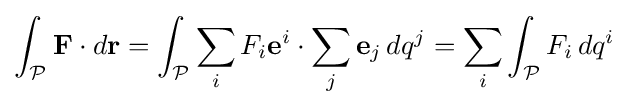
\int _{\mathcal {P}}\mathbf {F} \cdot d\mathbf {r} =\int _{\mathcal {P}}\sum _{i}F_{i}\mathbf {e} ^{i}\cdot \sum _{j}\mathbf {e} _{j}\,dq^{j}=\sum _{i}\int _{\mathcal {P}}F_{i}\,dq^{i}